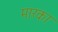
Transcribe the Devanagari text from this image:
मारका